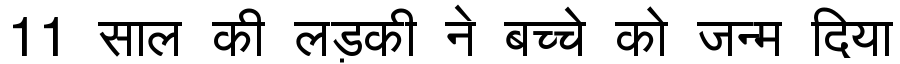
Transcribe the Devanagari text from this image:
11 साल की लड़की ने बच्चे को जन्म दिया